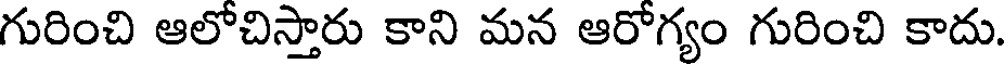
గురించి ఆలోచిస్తారు కాని మన ఆరోగ్యం గురించి కాదు.